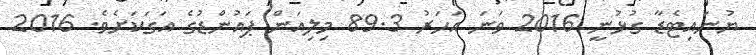
ޔުނައިޓެޑާ ގުޅުނީ 2016 ވަނަ އަހަރު 89.3 މިލިއަން ޕައުންޑުގެ އަގަކަށެވެ. 2016